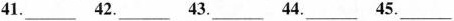
41.___42.___43.__ 44.___ 45.___